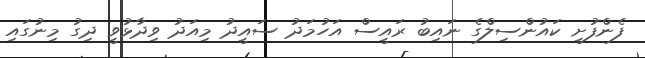
ފެންފުށީ ކައުންސިލްގެ ނައިބު ރައީީސް އަހުމަދު ސައީދު މިއަދު ވިދާޅުވީ ދިގު މިނުގައި